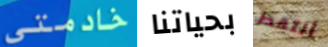
خادمتي بحياتنا ألتقط